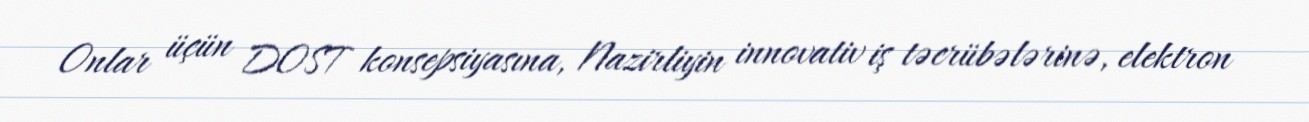
Onlar üçün DOST konsepsiyasına, Nazirliyin innovativ iş təcrübələrinə, elektron